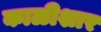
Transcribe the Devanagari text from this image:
काळीशार